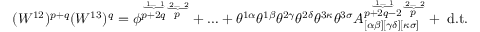
( W ^ { 1 2 } ) ^ { p + q } ( W ^ { 1 3 } ) ^ { q } = \phi ^ { \stackrel { \underbrace { \mathrm { \scriptsize ~ 1 \ldots ~ 1 } } } { p + 2 q } \stackrel { \underbrace { \mathrm { \scriptsize ~ 2 \ldots ~ 2 } } } { p } } + \ldots + \theta ^ { 1 \alpha } \theta ^ { 1 \beta } \theta ^ { 2 \gamma } \theta ^ { 2 \delta } \theta ^ { 3 \kappa } \theta ^ { 3 \sigma } A _ { [ \alpha \beta ] [ \gamma \delta ] [ \kappa \sigma ] } ^ { \stackrel { \underbrace { \mathrm { \scriptsize ~ 1 \ldots ~ 1 } } } { p + 2 q - 2 } \stackrel { \underbrace { \mathrm { \scriptsize ~ 2 \ldots ~ 2 } } } { p } } + \mathrm { \small ~ d . t . }